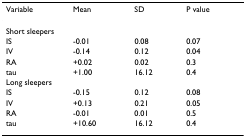
| Variable | Mean | SD | P value |
 | --- | --- | --- | --- |
 | <COLSPAN=4> Short sleepers |
 | IS | -0.01 | 0.08 | 0.07 |
 | IV | -0.14 | 0.12 | 0.04 |
 | RA | +0.02 | 0.02 | 0.3 |
 | tau | +1.00 | 16.12 | 0.4 |
 | <COLSPAN=4> Long sleepers |
 | IS | -0.15 | 0.12 | 0.08 |
 | IV | +0.13 | 0.21 | 0.05 |
 | RA | -0.01 | 0.01 | 0.5 |
 | tau | +10.60 | 16.12 | 0.4 |